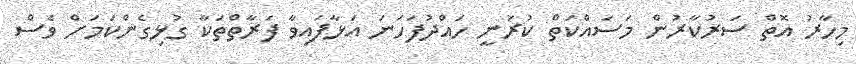
މިހާރު އޮތް ސަރުކާރުން މަސައްކަތް ކުރަނީ ހައްދުފަހަނަ އަޅާފައިވާ ފަރާތްތަކާ ގުޅިގެންކަމަށް ވެސް